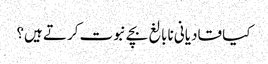
کیا قادیانی نابالغ بچے نبوت کرتے ہیں؟